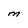
Character: M